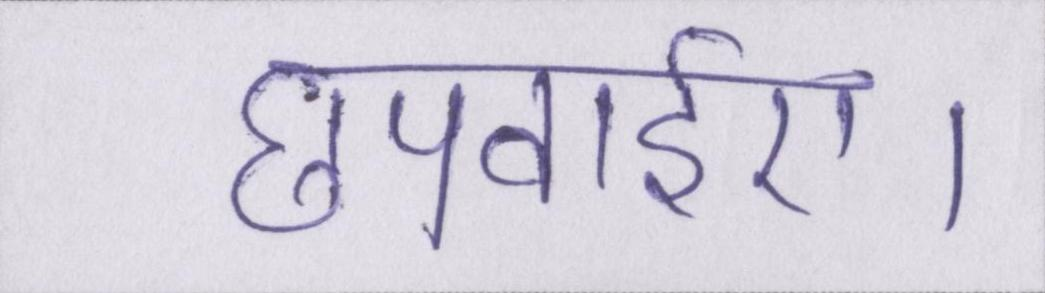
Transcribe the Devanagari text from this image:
छपवाईए।